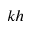
k h